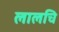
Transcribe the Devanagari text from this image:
लालचि